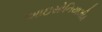
આઇસોનિયાઝીડ